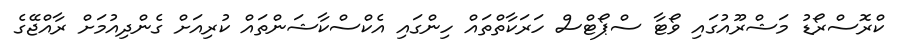
ކްރޮސްރޯޑު މަޝްރޫއުގައި ވޯޓާ ސްޕޯޓްސް ހަރަކާތްތައް ހިންގައި އެކްސްކާޝަންތައް ކުރިއަށް ގެންދިއުމަށް ރާއްޖޭގެ